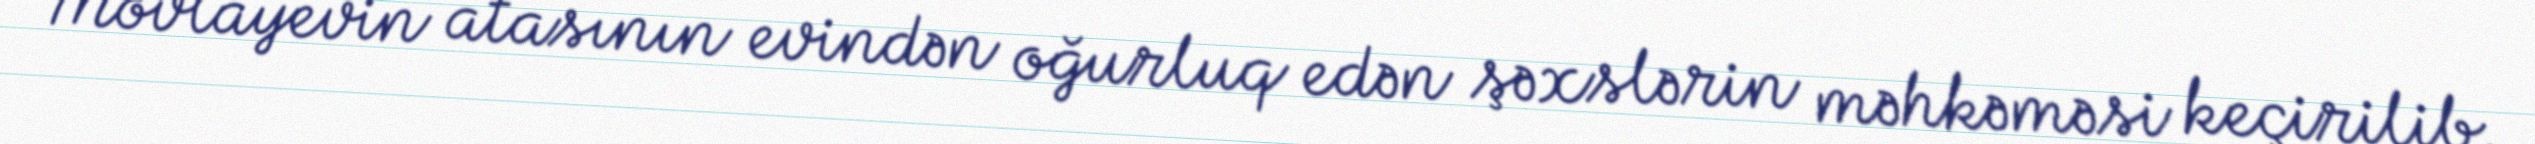
Mövlayevin atasının evindən oğurluq edən şəxslərin məhkəməsi keçirilib.